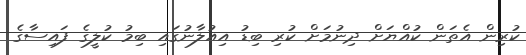
ކުރިން އެތަން ކުއްޔަށް ދިނުމަށް ކުރި ބިޑު އިއުލާނުގައި ބިމު ކުލީގެ ފައިސާގެ